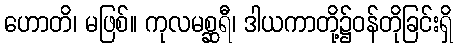
ဟောတိ၊ မဖြစ်။ ကုလမစ္ဆရီ၊ ဒါယကာတို့၌ဝန်တိုခြင်းရှိ